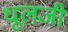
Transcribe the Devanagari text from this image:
धूलजी